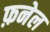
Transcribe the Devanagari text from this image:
फ़नेल